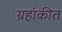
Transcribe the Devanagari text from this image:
ग्रहांकीत